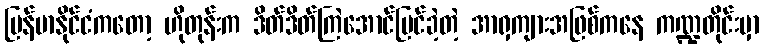
မြန်မာနိုင်ငံကတော့ ဟိုတုန်းက ဒိတ်ဒိတ်ကြဲအောင်မြင်ခဲ့တဲ့ အာရှကျားအဖြစ်ကနေ ကဏ္ဍတိုင်းမှာ